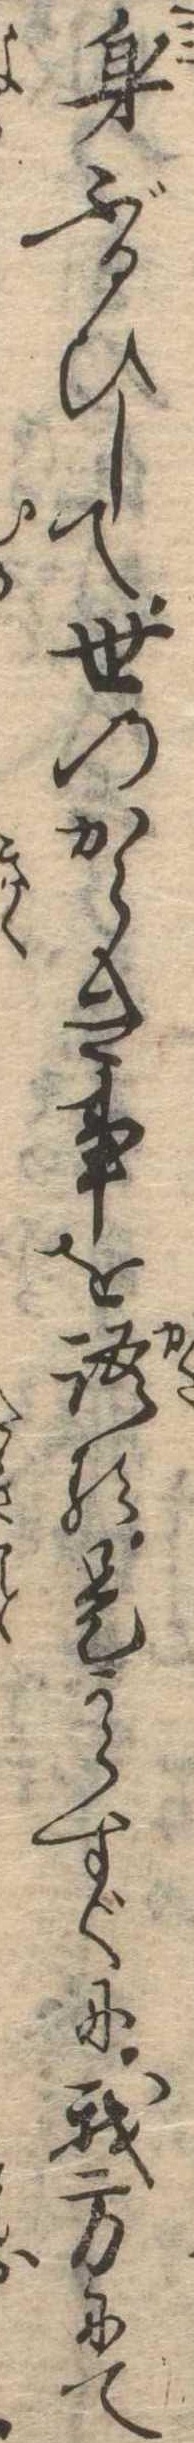
身ぶるひして世のからき事を語る是からすぐに我方にて